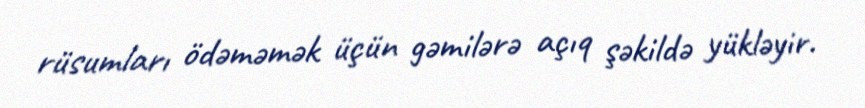
rüsumları ödəməmək üçün gəmilərə açıq şəkildə yükləyir.